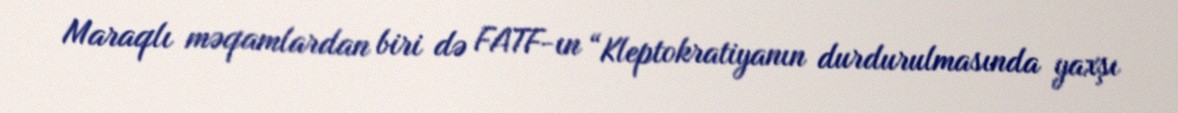
Maraqlı məqamlardan biri də FATF-ın “Kleptokratiyanın durdurulmasında yaxşı